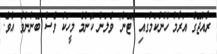
ރާއްޖޭގެ އަރާމު ހޫނުކަމުގައި "ޓޭން" ވެލަން ކޮންމެ މީހަކު ވެސް ބޭނުންވެ އެވެ.